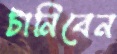
টানিবেন